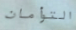
التوأمان